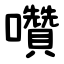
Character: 囋